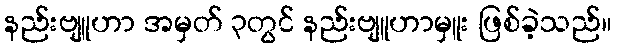
နည်းဗျူဟာ အမှတ် ၃တွင် နည်းဗျူဟာမှူး ဖြစ်ခဲ့သည်။